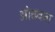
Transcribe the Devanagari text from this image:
ओढवता